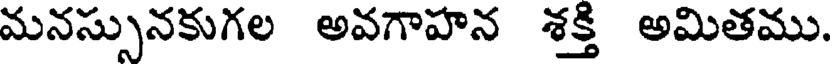
మనస్సునకుగల అవగాహన శక్తి అమితము.